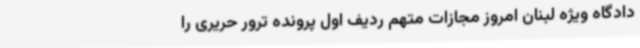
دادگاه ویژه لبنان امروز مجازات متهم ردیف اول پرونده ترور حریری را